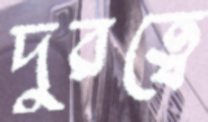
দুরত্বে